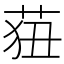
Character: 莥